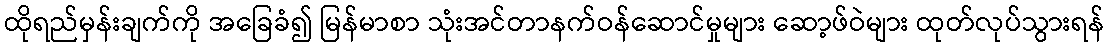
ထိုရည်မှန်းချက်ကို အခြေခံ၍ မြန်မာစာ သုံးအင်တာနက်ဝန်ဆောင်မှုများ ဆော့ဖ်ဝဲများ ထုတ်လုပ်သွားရန်